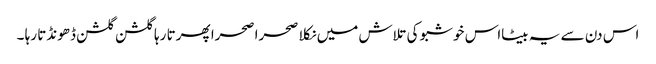
اس دن سے یہ بیٹااس خوشبو کی تلاش میں نکلا صحرا صحرا پھرتا رہا گلشن گلشن ڈھونڈتا رہا ۔